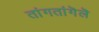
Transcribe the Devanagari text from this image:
तांगतांगॆलॆ